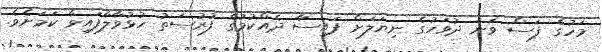
މަހުގެ ފަސް ވަނަ ދުވަހުގެ ނިޔަލަށް ފައިސާ ދެއްކުމުގެ ފުރުސަތު ހުޅުވާލާފައިވާ ކަމަށެވެ.